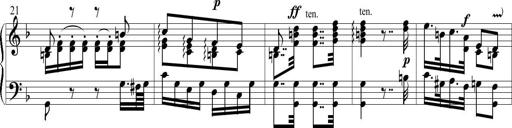
Title: 6 Leichte Sonatinen, Teil 1
Composer: F. Sigismund Sander